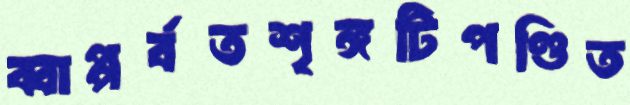
ব্বাপ্পর্বতশৃঙ্গটিপণ্ডিত